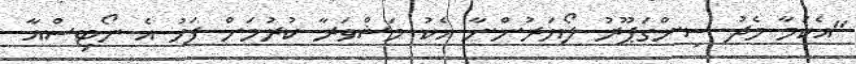
"އެކަމާ މެދު ސިންގަޕޫރު ލޯޔަރުންނާ އެކު މަޝްވަރާ ކުރުމަށް ފަހު އެ ނޯޓިސްއާ